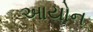
આયોન